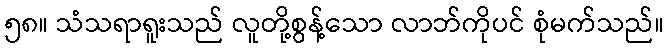
၅၈။ သံသရာရူးသည် လူတို့စွန့်သော လာဘ်ကိုပင် စုံမက်သည်။